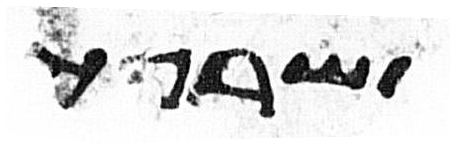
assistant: שרי